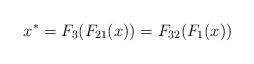
LaTeX: \begin{align*}x^{*}=F_3(F_{21}(x))=F_{32}(F_1(x))\end{align*}